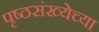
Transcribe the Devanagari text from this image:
पृष्ठसंख्येच्या